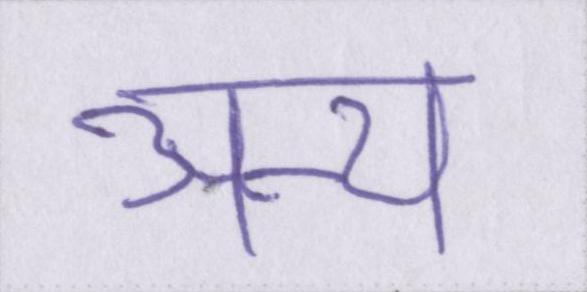
अन्य